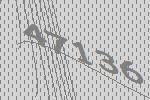
47136